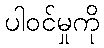
ပါဝင်မှုကို